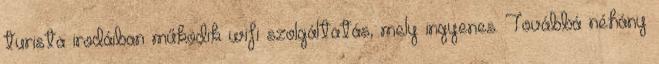
turista irodáiban működik wifi szolgáltatás, mely ingyenes. Továbbá néhány